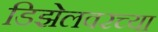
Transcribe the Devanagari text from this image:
डिझेलवरच्या